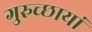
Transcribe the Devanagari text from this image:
गुरुच्छायां